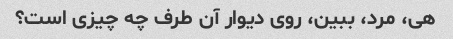
هی، مرد، ببین، روی دیوار آن طرف چه چیزی است؟